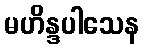
မဟိန္ဒပါသေန